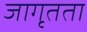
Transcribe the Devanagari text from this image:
जागृतता